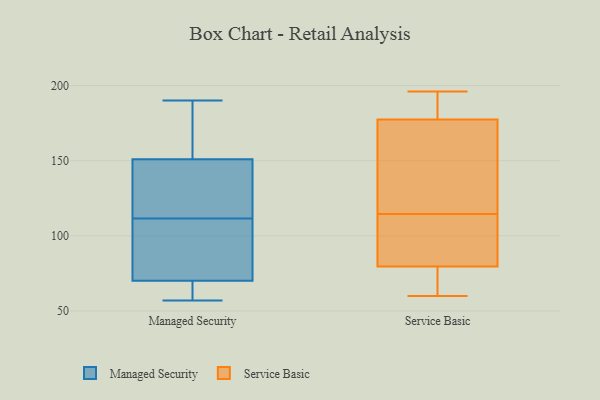
{"axis": {"x": "Gross Profit (USD K)", "y": "Value"}, "legend": ["Managed Security", "Service Basic"], "data": [{"x": "", "y": 103, "type": "Managed Security"}, {"x": "", "y": 120, "type": "Managed Security"}, {"x": "", "y": 65, "type": "Managed Security"}, {"x": "", "y": 68, "type": "Managed Security"}, {"x": "", "y": 82, "type": "Managed Security"}, {"x": "", "y": 72, "type": "Managed Security"}, {"x": "", "y": 143, "type": "Managed Security"}, {"x": "", "y": 159, "type": "Managed Security"}, {"x": "", "y": 57, "type": "Managed Security"}, {"x": "", "y": 190, "type": "Managed Security"}, {"x": "", "y": 138, "type": "Managed Security"}, {"x": "", "y": 175, "type": "Managed Security"}, {"x": "", "y": 170, "type": "Service Basic"}, {"x": "", "y": 99, "type": "Service Basic"}, {"x": "", "y": 60, "type": "Service Basic"}, {"x": "", "y": 195, "type": "Service Basic"}, {"x": "", "y": 109, "type": "Service Basic"}, {"x": "", "y": 75, "type": "Service Basic"}, {"x": "", "y": 164, "type": "Service Basic"}, {"x": "", "y": 84, "type": "Service Basic"}, {"x": "", "y": 196, "type": "Service Basic"}, {"x": "", "y": 167, "type": "Service Basic"}, {"x": "", "y": 92, "type": "Service Basic"}, {"x": "", "y": 185, "type": "Service Basic"}, {"x": "", "y": 62, "type": "Service Basic"}, {"x": "", "y": 120, "type": "Service Basic"}, {"x": "", "y": 71, "type": "Service Basic"}, {"x": "", "y": 195, "type": "Service Basic"}]}